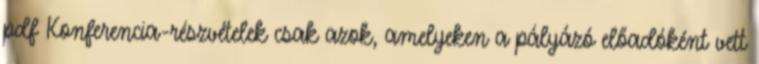
pdf Konferencia-részvételek csak azok, amelyeken a pályázó előadóként vett